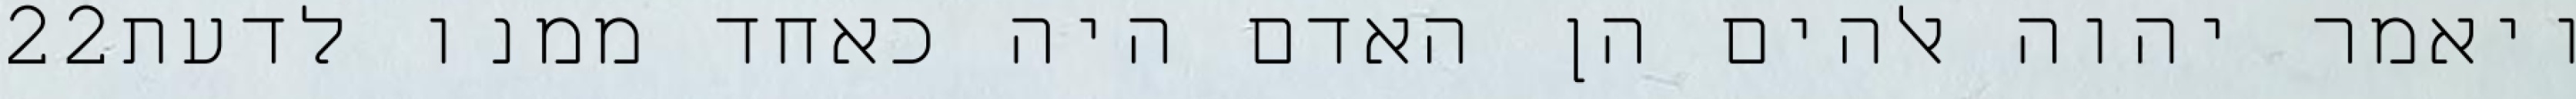
‎22‏ ויאמר יהוה אלהים הן האדם היה כאחד ממנו לדעת